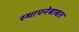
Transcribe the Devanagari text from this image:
स्थापनेबाबत